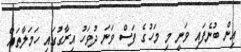
އިން ބުނެފައި ވަނީ މި މަހުގެ ފަސް ވަނަ ދުވަހު އިރާގުގައި ހަމަލާތައް